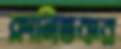
ক্লানিতকর